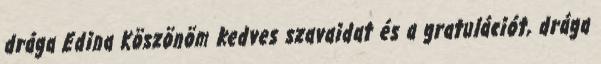
drága Edina Köszönöm kedves szavaidat és a gratulációt, drága